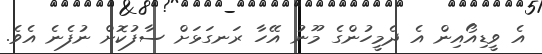
އެ ވީޑިއޯއިން އެ ދެމީހުންގެ މޫނު އޭހާ ރަނގަޅަށް ސާފުކޮށް ނުފެނެ އެވެ.